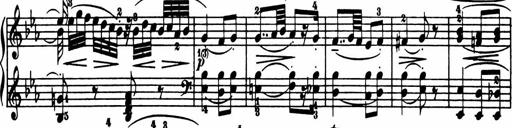
Title: Sonatina in G major
Composer: Friedrich Kuhlau
Key: G major